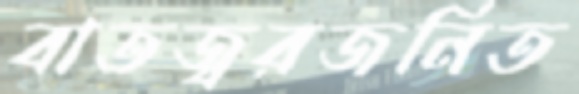
বাতজ্বরজনিত